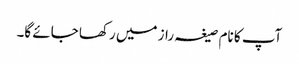
آپ کا نام صیغہ راز میں رکھا جائے گا۔